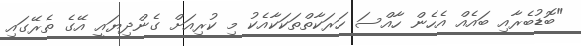
"ބޮޑުބެރާއި ބައެއް އެހެން ހާއްސަ ހަރަކާތްތަކަކާއެކު މި ކުރިއަށް ގެންދިޔައީ އޭގެ ތެރޭގައި